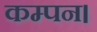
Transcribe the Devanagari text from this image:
कम्पन।